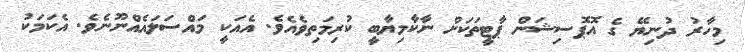
މިހާރު ދުނިޔޭ ގެ އޮޕޮސިޝަން ޕާޓީތަކަށް ނާކާމިޔާބީ ކުރިމަތިވެއެވެ. އެއަކީ މައްސަލައެއްނޫނެވެ. އެކަމަކު